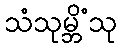
သံသုမ္ဘိံသု